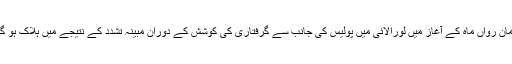
ابراہیم ارمان رواں ماہ کے آغاز میں لورالائی میں پولیس کی جانب سے گرفتاری کی کوشش کے دوران مبینہ تشدد کے نتیجے میں ہلاک ہو گئے تھے۔